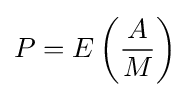
P=E\left({\frac {A}{M}}\right)